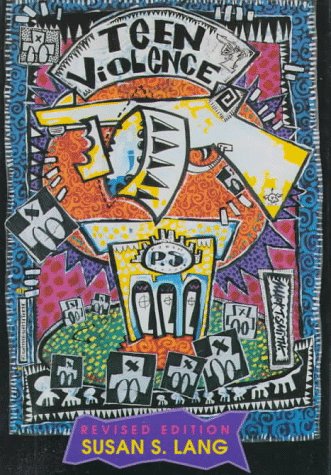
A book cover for Teen Violence (Violence in America); Susan S. Lang; Teen & Young Adult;